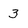
Character: 3